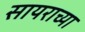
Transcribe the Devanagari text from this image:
सायराच्या